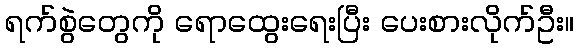
ရက်စွဲတွေကို ရောထွေးရေးပြီး ပေးစားလိုက်ဦး။